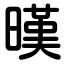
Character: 暵